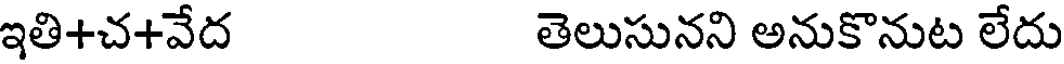
ఇతి+చ+వేద తెలుసునని అనుకొనుట లేదు